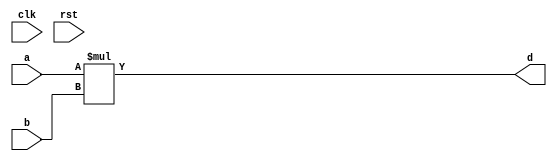
module conf_int_mul__noFF__arch_agnos( clk, rst, a, b, d
 );

//--- parameters
//parameter BT_RND = 0
parameter OP_BITWIDTH = 16; //operator bit width
parameter DATA_PATH_BITWIDTH = 16; //flip flop Bit width

//--- input,outputs
input clk;
input rst;
input [DATA_PATH_BITWIDTH -1:0] a;
input [DATA_PATH_BITWIDTH-1:0] b;
output [2*DATA_PATH_BITWIDTH -1:0] d;


//--- no flop design
assign  d = (a * b);

endmodule


module conf_int_mul__noFF__arch_agnos__w_wrapper( clk, rst, a, b, d
);

//--- parameters
//parameter BT_RND = 0
parameter OP_BITWIDTH = 16; //operator bit width
parameter DATA_PATH_BITWIDTH = 16; //flip flop Bit width


//--- input,outputs
input [DATA_PATH_BITWIDTH -1:0] a;
input [DATA_PATH_BITWIDTH-1:0] b;
output [2*DATA_PATH_BITWIDTH-1:0] d;
input clk;
input rst;

// synopsys dc_script_begin
 //set_dont_touch d
 // synopsys dc_script_end


conf_int_mul__noFF__arch_agnos #(OP_BITWIDTH, DATA_PATH_BITWIDTH) mul__inst(.clk(clk), .rst(rst), .a(a), .b(b), 
    .d(d));

endmodule